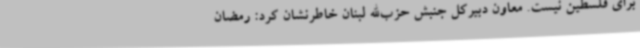
برای فلسطین نیست. معاون دبیرکل جنبش حزب‌الله لبنان خاطرنشان کرد: رمضان